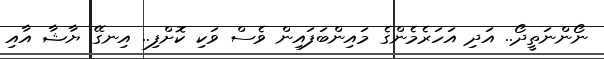
ނޯންނަތީދޯ.. އަދި އަހަރެމެންގެ މައިންބަފައިން ވެސް ވަކި ކޮށްފި.. އިނގޭ ޔާޝާ އާއި